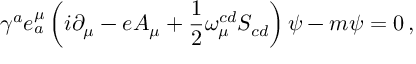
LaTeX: { \gamma } ^ { a } e _ { a } ^ { \mu } \left( i \partial _ { \mu } - e A _ { \mu } + \frac { 1 } { 2 } \omega _ { \mu } ^ { c d } S _ { c d } \right) \psi - m \psi = 0 \, ,